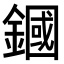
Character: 𨫵